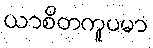
ယာစိတကူပမာ